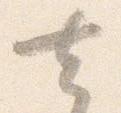
去